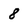
Character: 8